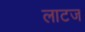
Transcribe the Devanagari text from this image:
लाटज